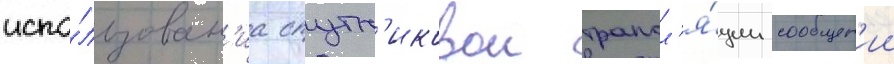
испо́льзован'иа спутн'иковои трансл'я́ции сообщен'ии